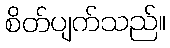
စိတ်ပျက်သည်။